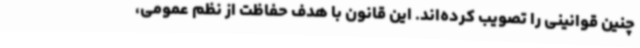
چنین قوانینی را تصویب کرده‌اند. این قانون با هدف حفاظت از نظم عمومی،